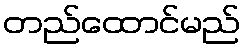
တည်ထောင်မည်